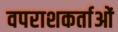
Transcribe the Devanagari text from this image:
वपराशकर्ताओं